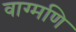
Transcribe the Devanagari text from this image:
वाग्मणि